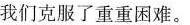
我们克服了重重困难。